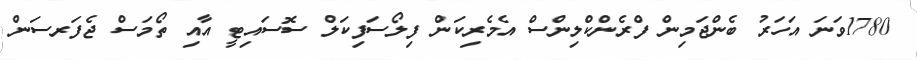
1780ވަނަ އަހަރު ބެންޖަމިން ފްރެންކްލިންސް އެމެރިކަން ފިލޯސަފިކަލް ސޮސައިޓީ އާއި ތޯމަސް ޖެފަރސަން